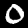
Label: 0